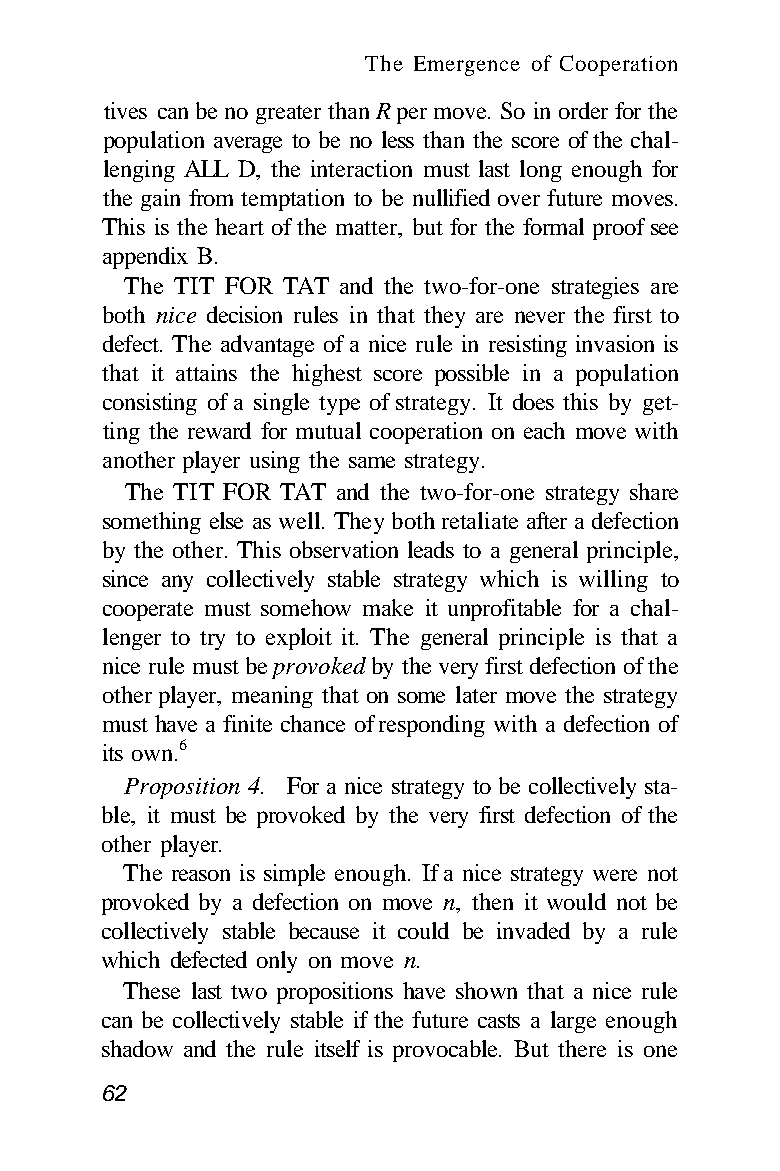
The Emergence of Cooperation
 tives can be no greater than R per move. So in order for the
 population average to be no less than the score of the chal-
 lenging ALL D, the interaction must last long enough for
 the gain from temptation to be nullified over future moves.
 This is the heart of the matter, but for the formal proof see
 appendix B.
 The TIT FOR TAT and the two-for-one strategies are
 both nice decision rules in that they are never the first to
 defect. The advantage of a nice rule in resisting invasion is
 that it attains the highest score possible in a population
 consisting of a single type of strategy. It does this by get-
 ting the reward for mutual cooperation on each move with
 another player using the same strategy.
 The TIT FOR TAT and the two-for-one strategy share
 something else as well. They both retaliate after a defection
 by the other. This observation leads to a general principle,
 since any collectively stable strategy which is willing to
 cooperate must somehow make it unprofitable for a chal-
 lenger to try to exploit it. The general principle is that a
 nice rule must be provoked by the very first defection of the
 other player, meaning that on some later move the strategy
 must have a finite chance of responding with a defection of
 its own.6
 Proposition 4. For a nice strategy to be collectively sta-
 ble, it must be provoked by the very first defection of the
 other player.
 The reason is simple enough. If a nice strategy were not
 provoked by a defection on move n, then it would not be
 collectively stable because it could be invaded by a rule
 which defected only on move n.
 These last two propositions have shown that a nice rule
 can be collectively stable if the future casts a large enough
 shadow and the rule itself is provocable. But there is one
 62